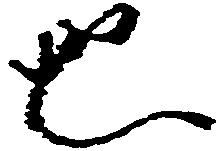
也